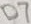
Text: D7